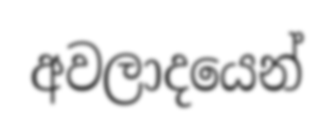
අවලාදයෙන්